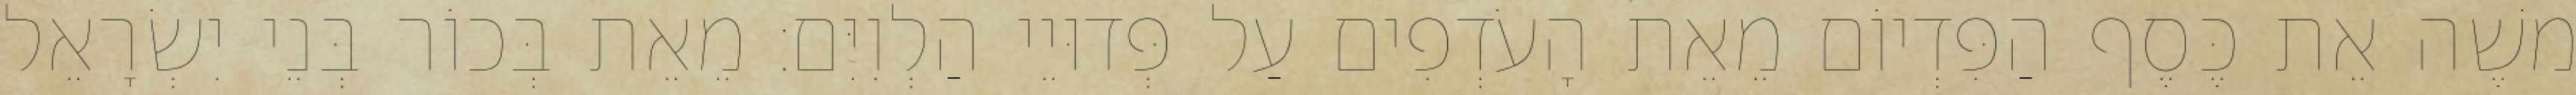
משֶׁה אֵת כֶּסֶף הַפִּדְיוֹם מֵאֵת הָעֹדְפִים עַל פְּדוּיֵי הַלְוִיִּם׃ מֵאֵת בְּכוֹר בְּנֵי יִשְׂרָאֵל